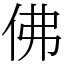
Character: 佛